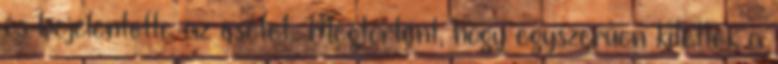
és bejelentette az esetet. Megtörtént, hogy egyszerűen kitették a